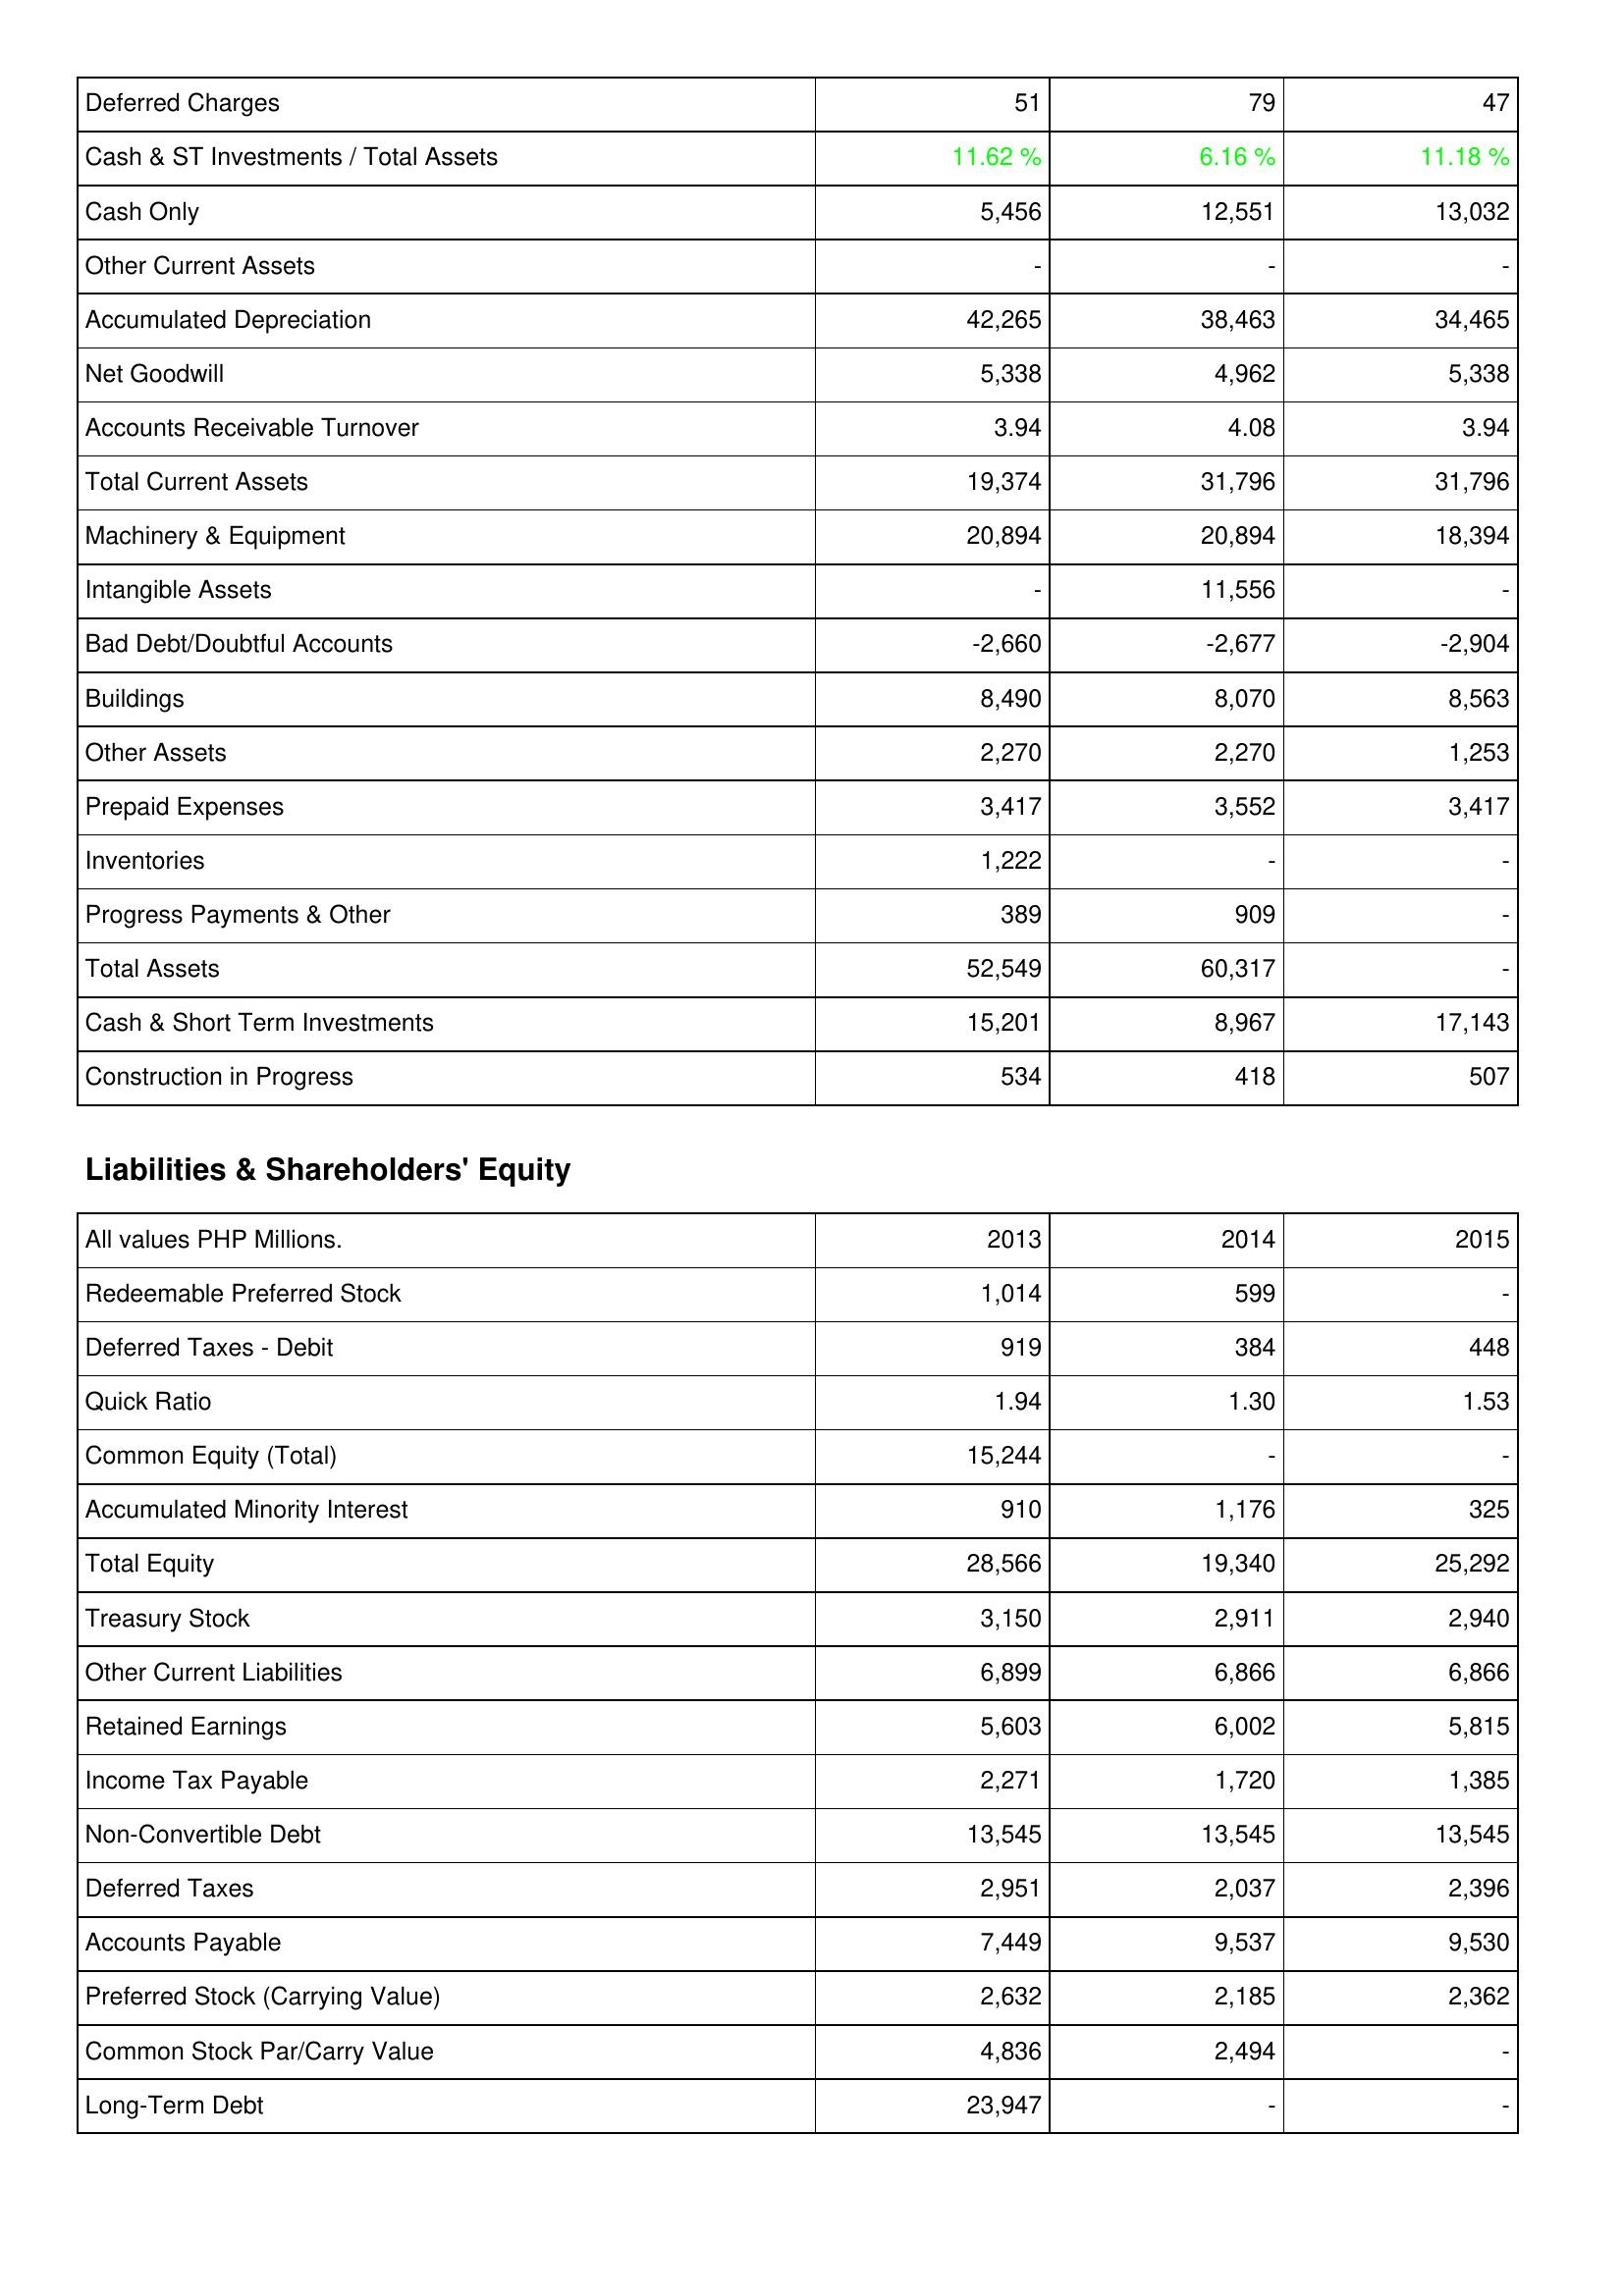
2013: Assets: Deferred Charges: 51
Cash & ST Investments / Total Assets: 11.62 %
Cash Only: 5,456
Other Current Assets: -
Accumulated Depreciation: 42,265
Net Goodwill: 5,338
Accounts Receivable Turnover: 3.94
Total Current Assets: 19,374
Machinery & Equipment: 20,894
Intangible Assets: -
Bad Debt/Doubtful Accounts: -2,660
Buildings: 8,490
Other Assets: 2,270
Prepaid Expenses: 3,417
Inventories: 1,222
Progress Payments & Other: 389
Total Assets: 52,549
Cash & Short Term Investments: 15,201
Construction in Progress: 534
Liabilities & Shareholders' Equity: Redeemable Preferred Stock: 1,014
Deferred Taxes - Debit: 919
Quick Ratio: 1.94
Common Equity (Total): 15,244
Accumulated Minority Interest: 910
Total Equity: 28,566
Treasury Stock: 3,150
Other Current Liabilities: 6,899
Retained Earnings: 5,603
Income Tax Payable: 2,271
Non-Convertible Debt: 13,545
Deferred Taxes: 2,951
Accounts Payable: 7,449
Preferred Stock (Carrying Value): 2,632
Common Stock Par/Carry Value: 4,836
Long-Term Debt: 23,947
2014: Assets: Deferred Charges: 79
Cash & ST Investments / Total Assets: 6.16 %
Cash Only: 12,551
Other Current Assets: -
Accumulated Depreciation: 38,463
Net Goodwill: 4,962
Accounts Receivable Turnover: 4.08
Total Current Assets: 31,796
Machinery & Equipment: 20,894
Intangible Assets: 11,556
Bad Debt/Doubtful Accounts: -2,677
Buildings: 8,070
Other Assets: 2,270
Prepaid Expenses: 3,552
Inventories: -
Progress Payments & Other: 909
Total Assets: 60,317
Cash & Short Term Investments: 8,967
Construction in Progress: 418
Liabilities & Shareholders' Equity: Redeemable Preferred Stock: 599
Deferred Taxes - Debit: 384
Quick Ratio: 1.30
Common Equity (Total): -
Accumulated Minority Interest: 1,176
Total Equity: 19,340
Treasury Stock: 2,911
Other Current Liabilities: 6,866
Retained Earnings: 6,002
Income Tax Payable: 1,720
Non-Convertible Debt: 13,545
Deferred Taxes: 2,037
Accounts Payable: 9,537
Preferred Stock (Carrying Value): 2,185
Common Stock Par/Carry Value: 2,494
Long-Term Debt: -
2015: Assets: Deferred Charges: 47
Cash & ST Investments / Total Assets: 11.18 %
Cash Only: 13,032
Other Current Assets: -
Accumulated Depreciation: 34,465
Net Goodwill: 5,338
Accounts Receivable Turnover: 3.94
Total Current Assets: 31,796
Machinery & Equipment: 18,394
Intangible Assets: -
Bad Debt/Doubtful Accounts: -2,904
Buildings: 8,563
Other Assets: 1,253
Prepaid Expenses: 3,417
Inventories: -
Progress Payments & Other: -
Total Assets: -
Cash & Short Term Investments: 17,143
Construction in Progress: 507
Liabilities & Shareholders' Equity: Redeemable Preferred Stock: -
Deferred Taxes - Debit: 448
Quick Ratio: 1.53
Common Equity (Total): -
Accumulated Minority Interest: 325
Total Equity: 25,292
Treasury Stock: 2,940
Other Current Liabilities: 6,866
Retained Earnings: 5,815
Income Tax Payable: 1,385
Non-Convertible Debt: 13,545
Deferred Taxes: 2,396
Accounts Payable: 9,530
Preferred Stock (Carrying Value): 2,362
Common Stock Par/Carry Value: -
Long-Term Debt: -